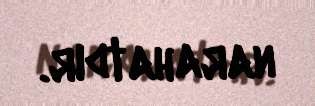
narahatdır.